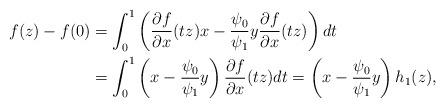
LaTeX: \begin{align*}f(z)-f(0) &= \int_{0}^1 \left( \frac{\partial f }{\partial x}(tz) x - \frac{ \psi_0}{\psi_1} y \frac{\partial f}{\partial x } (tz) \right) dt \\ & = \int_{0}^1 \left( x - \frac{ \psi_0}{\psi_1} y \right) \frac{\partial f }{\partial x}(tz) dt = \left( x - \frac{ \psi_0}{\psi_1} y \right) h_1(z),\\ \end{align*}